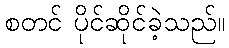
စတင် ပိုင်ဆိုင်ခဲ့သည်။